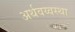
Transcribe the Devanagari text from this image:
अर्थवय्वस्था